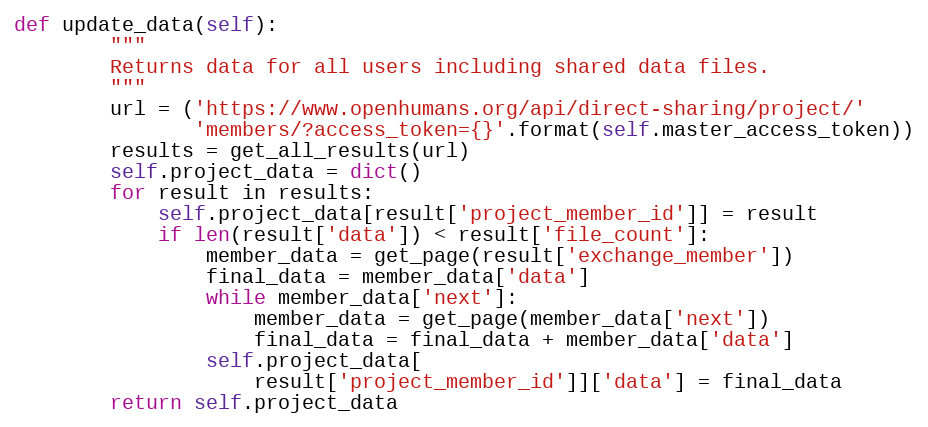
Language: Python
def update_data(self):
        """
        Returns data for all users including shared data files.
        """
        url = ('https://www.openhumans.org/api/direct-sharing/project/'
               'members/?access_token={}'.format(self.master_access_token))
        results = get_all_results(url)
        self.project_data = dict()
        for result in results:
            self.project_data[result['project_member_id']] = result
            if len(result['data']) < result['file_count']:
                member_data = get_page(result['exchange_member'])
                final_data = member_data['data']
                while member_data['next']:
                    member_data = get_page(member_data['next'])
                    final_data = final_data + member_data['data']
                self.project_data[
                    result['project_member_id']]['data'] = final_data
        return self.project_data